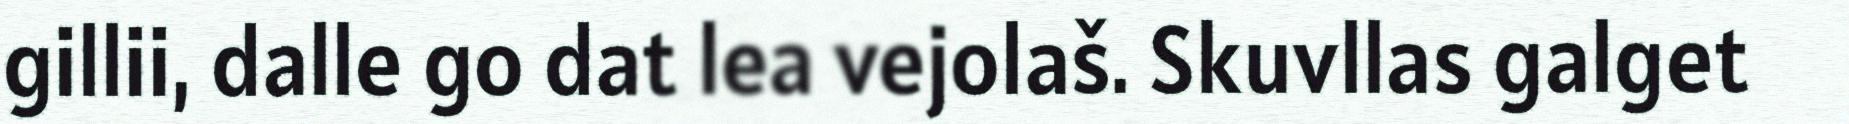
gillii, dalle go dat lea vejolaš. Skuvllas galget